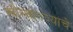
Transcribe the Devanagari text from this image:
स्त्रीस्वातंत्र्याचे